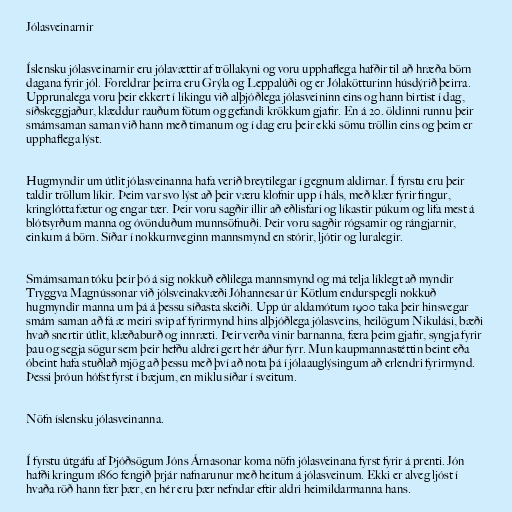
Jólasveinarnir

Íslensku jólasveinarnir eru jólavættir af tröllakyni og voru upphaflega hafðir til að hræða börn
dagana fyrir jól. Foreldrar þeirra eru Grýla og Leppalúði og er Jólakötturinn húsdýrið þeirra.
Upprunalega voru þeir ekkert í líkingu við alþjóðlega jólasveininn eins og hann birtist í dag,
síðskeggjaður, klæddur rauðum fötum og gefandi krökkum gjafir. En á 20. öldinni runnu þeir
smámsaman saman við hann með tímanum og í dag eru þeir ekki sömu tröllin eins og þeim er
upphaflega lýst.

Hugmyndir um útlit jólasveinanna hafa verið breytilegar í gegnum aldirnar. Í fyrstu eru þeir
taldir tröllum líkir. Þeim var svo lýst að þeir væru klofnir upp í háls, með klær fyrir fingur,
kringlótta fætur og engar tær. Þeir voru sagðir illir að eðlisfari og líkastir púkum og lifa mest á
blótsyrðum manna og óvönduðum munnsöfnuði. Þeir voru sagðir rógsamir og rángjarnir,
einkum á börn. Síðar í nokkurnveginn mannsmynd en stórir, ljótir og luralegir.

Smámsaman tóku þeir þó á sig nokkuð eðlilega mannsmynd og má telja líklegt að myndir
Tryggva Magnússonar við jólsveinakvæði Jóhannesar úr Kötlum endurspegli nokkuð
hugmyndir manna um þá á þessu síðasta skeiði. Upp úr aldamótum 1900 taka þeir hinsvegar
smám saman að fá æ meiri svip af fyrirmynd hins alþjóðlega jólasveins, heilögum Nikulási, bæði
hvað snertir útlit, klæðaburð og innræti. Þeir verða vinir barnanna, færa þeim gjafir, syngja fyrir
þau og segja sögur sem þeir hefðu aldrei gert hér áður fyrr. Mun kaupmannastéttin beint eða
óbeint hafa stuðlað mjög að þessu með því að nota þá í jólaauglýsingum að erlendri fyrirmynd.
Þessi þróun hófst fyrst í bæjum, en miklu síðar í sveitum.

Nöfn íslensku jólasveinanna.

Í fyrstu útgáfu af Þjóðsögum Jóns Árnasonar koma nöfn jólasveinana fyrst fyrir á prenti. Jón
hafði kringum 1860 fengið þrjár nafnarunur með heitum á jólasveinum. Ekki er alveg ljóst í
hvaða röð hann fær þær, en hér eru þær nefndar eftir aldri heimildarmanna hans.